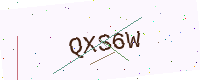
Text: QXS6W